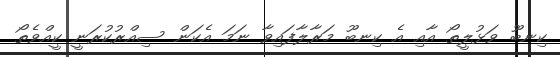
ކިނބޫ ވަޅުލީތޯ އާއި އެ ކިނބޫ މަރާލާފައިވާ ނަމަ އެކަން ސިއްރުކުރަނީ ކީއްވެތޯ